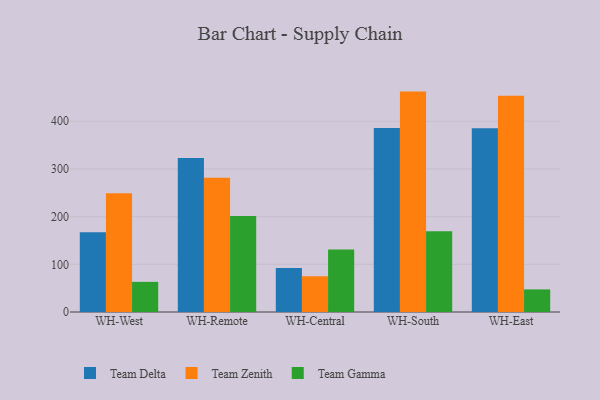
{"axis": {"x": "Warehouse", "y": "Net Income (USD K)"}, "legend": ["Team Delta", "Team Gamma", "Team Zenith"], "data": [{"x": "WH-West", "y": 167.2, "type": "Team Delta"}, {"x": "WH-West", "y": 248.9, "type": "Team Zenith"}, {"x": "WH-West", "y": 63.2, "type": "Team Gamma"}, {"x": "WH-Remote", "y": 323.2, "type": "Team Delta"}, {"x": "WH-Remote", "y": 281.7, "type": "Team Zenith"}, {"x": "WH-Remote", "y": 201.2, "type": "Team Gamma"}, {"x": "WH-Central", "y": 92.5, "type": "Team Delta"}, {"x": "WH-Central", "y": 74.9, "type": "Team Zenith"}, {"x": "WH-Central", "y": 131.1, "type": "Team Gamma"}, {"x": "WH-South", "y": 386.0, "type": "Team Delta"}, {"x": "WH-South", "y": 462.2, "type": "Team Zenith"}, {"x": "WH-South", "y": 169.1, "type": "Team Gamma"}, {"x": "WH-East", "y": 385.4, "type": "Team Delta"}, {"x": "WH-East", "y": 453.4, "type": "Team Zenith"}, {"x": "WH-East", "y": 47.4, "type": "Team Gamma"}]}